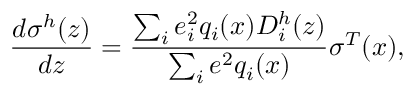
\frac { d \sigma ^ { h } ( z ) } { d z } = \frac { \sum _ { i } e _ { i } ^ { 2 } q _ { i } ( x ) D _ { i } ^ { h } ( z ) } { \sum _ { i } e ^ { 2 } q _ { i } ( x ) } \sigma ^ { T } ( x ) ,